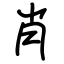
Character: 肖